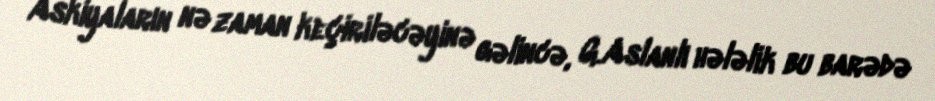
Askiyaların nə zaman keçiriləcəyinə gəlincə, G.Aslanlı hələlik bu barədə